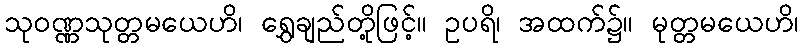
သုဝဏ္ဏသုတ္တမယေဟိ၊ ရွှေချည်တို့ဖြင့်။ ဥပရိ၊ အထက်၌။ မုတ္တမယေဟိ၊